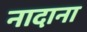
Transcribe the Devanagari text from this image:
नादाना